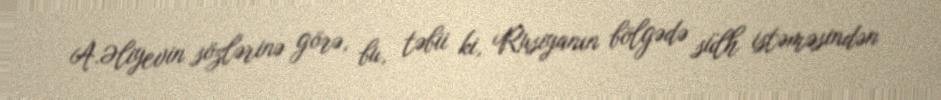
A.Əliyevin sözlərinə görə, bu, təbii ki, Rusiyanın bölgədə sülh istəməsindən